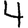
Digit: 4